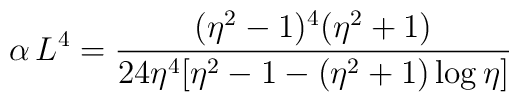
\alpha\,L^4 = \frac{(\eta^2-1)^4(\eta^2+1)}{24 \eta^4[\eta^2-1-(\eta^2+1)\log{\eta}]}